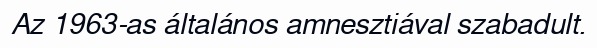
Az 1963-as általános amnesztiával szabadult.